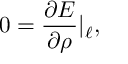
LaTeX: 0 = \frac { \partial E } { \partial \rho } | _ { \ell } ,